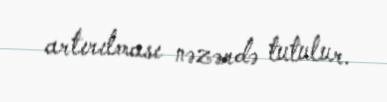
artırılması nəzərdə tutulur.